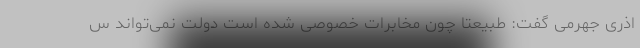
اذری جهرمی گفت: طبیعتا چون مخابرات خصوصی شده است دولت نمی‌تواند س